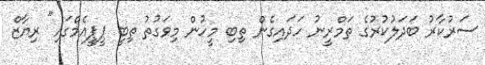
ސަރުކާރު ބަދަލުކުރުގެ ތަމްރީނު ހަދައިގެން ތިބި މީހުން މިވަގުތު ތިބީ ޕީޕީއެމްގައި" ރިޔާޒް